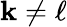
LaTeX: \mathbf{k}\neq\ell